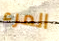
المرء